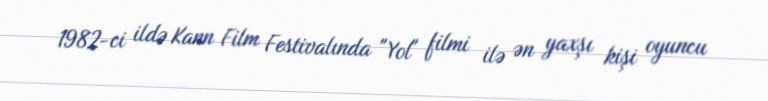
1982-ci ildə Kann Film Festivalında "Yol" filmi ilə ən yaxşı kişi oyuncu